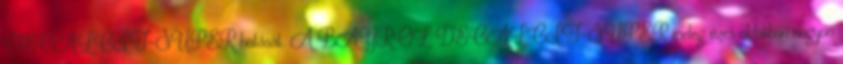
DECALCIT-SUPER hatását. A BAYROL DECALCIT-SUPER meleg vizes oldatban nagyon